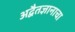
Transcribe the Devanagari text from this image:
अद्वैतज्ञानाचा